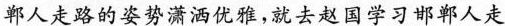
郸人走路的优雅，就去赵国学习邯郸人走